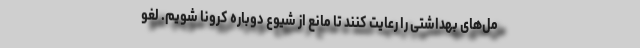
مل‌های بهداشتی را رعایت کنند تا مانع از شیوع دوباره کرونا شویم. لغو